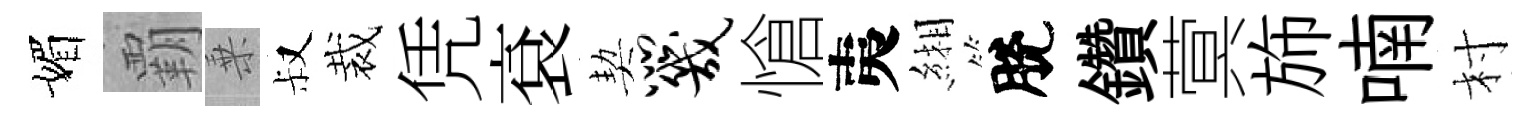
媚覇乗叔裁凭袞契咒愴夷緗脫鑽蓂斾喃村